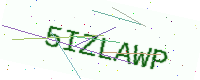
Text: 5IZLAWP